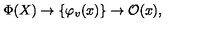
\Phi ( X ) \to \{ { \varphi } _ { v } ( x ) \} \to { \mathcal O } ( x ) ,